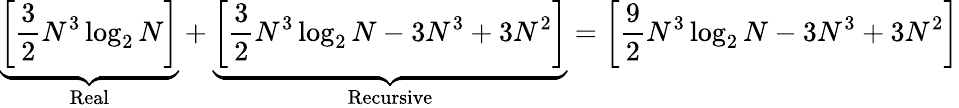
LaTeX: \underbrace{\left[{\frac{3}{2}}N^{3}\log_{2}N\right]}_{\mathrm{Real}}+\underbrace{\left[{\frac{3}{2}}N^{3}\log_{2}N-3N^{3}+3N^{2}\right]}_{\mathrm{Recursive}}=\left[{\frac{9}{2}}N^{3}\log_{2}N-3N^{3}+3N^{2}\right]